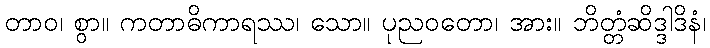
တာဝ၊ စွာ။ ကတာဓိကာရဿ၊ သော။ ပုညဝတော၊ အား။ ဘိတ္တံဆိဒ္ဒါဒိနံ၊